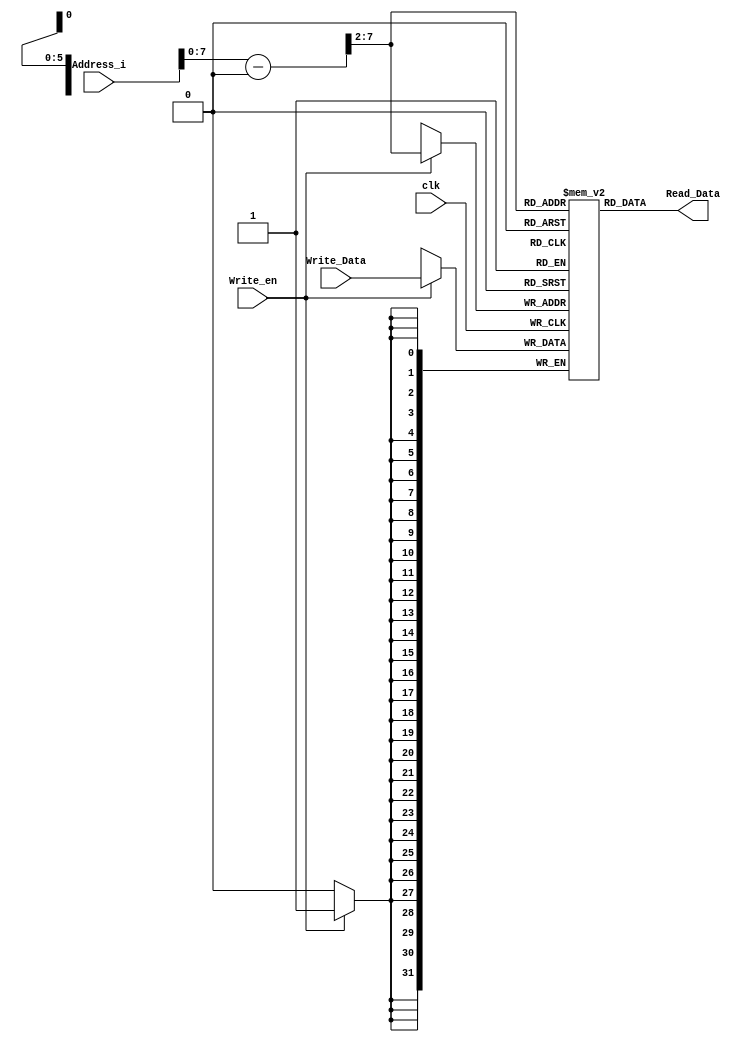
module RAM_32
#(	
	parameter MEMORY_DEPTH = 64,
   parameter DATA_WIDTH = 32
)
( 
	input 	[DATA_WIDTH-1:0]   Write_Data,
	input 	[DATA_WIDTH-1:0]   Address_i,
	input 					   Write_en, clk,
	
	output	[DATA_WIDTH-1:0]   Read_Data
);
	

	reg [DATA_WIDTH-1:0] RAM [MEMORY_DEPTH-1:0];
	reg  [DATA_WIDTH-1:0] value = 32'h10010000;

	always @ (posedge clk)
	begin

		if (Write_en)
			RAM[(Address_i-value)>>2] = Write_Data;
	end
	
  	assign Read_Data = RAM[(Address_i-value)>>2];

endmodule